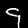
Label: 9